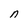
Character: n